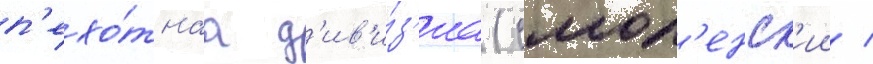
п'ехо́тнаа д'ив'и́з'иа (смол'енск'ии /